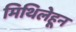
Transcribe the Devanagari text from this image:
मिथिलेहून